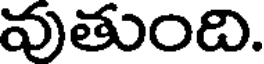
వుతుంది.